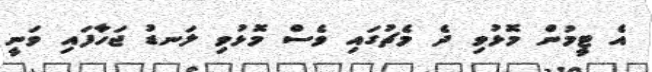
އެ ޓީމުން މޮޅުވި ދެ މެޗުގައި ވެސް މޮޅުވި ލަނޑު ޖަހާފައި ވަނީީ